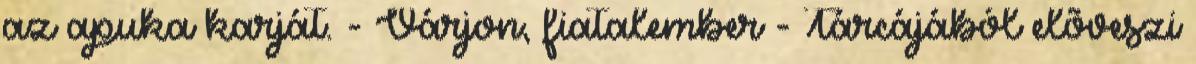
az apuka karját. - Várjon, fiatalember - Tárcájából elõveszi